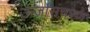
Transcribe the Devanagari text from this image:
ऊर्जासंचरण